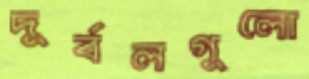
দুর্বলগুলো